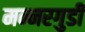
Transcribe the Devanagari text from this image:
मन्नरगुडी